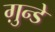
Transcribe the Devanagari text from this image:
ग़ुन्डे